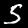
Digit: 5